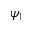
\psi _ { 1 }